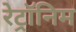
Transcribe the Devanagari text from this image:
रेट्रॉनिम